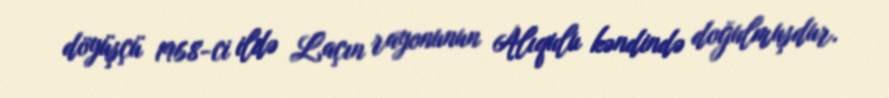
döyüşçü 1968-ci ildə Laçın rayonunun Alıqulu kəndində doğulmuşdur.